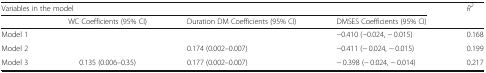
<table><thead><tr><td colspan="4"><b>Variables in the model</b></td><td><b><i>R</i><sup><i>2</i></sup></b></td></tr><tr><td>[EMPTY_CELL]</td><td><b>WC Coefficients (95% CI)</b></td><td><b>Duration DM Coefficients (95% CI)</b></td><td><b>DMSES Coefficients (95% CI)</b></td><td>[EMPTY_CELL]</td></tr></thead><tbody><tr><td>Model 1</td><td>[EMPTY_CELL]</td><td>[EMPTY_CELL]</td><td>−0.410 (−0.024, − 0.015)</td><td>0.168</td></tr><tr><td>Model 2</td><td>[EMPTY_CELL]</td><td>0.174 (0.002–0.007)</td><td>−0.411 (− 0.024, − 0.015)</td><td>0.199</td></tr><tr><td>Model 3</td><td>0.135 (0.006–0.35)</td><td>0.177 (0.002–0.007)</td><td>− 0.398 (− 0.024, − 0.014)</td><td>0.217</td></tr></tbody></table>